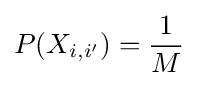
P(X_{i,i'})={\frac {1}{M}}